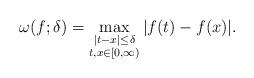
LaTeX: \begin{align*}\omega(f;\delta)=\max_{\substack{|t-x|\leq \delta \\ t,x\in [0,\infty)}}|f(t)-f(x)|.\end{align*}